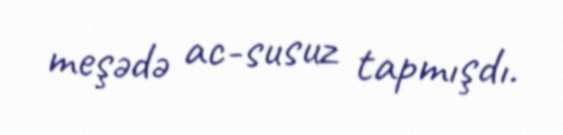
meşədə ac-susuz tapmışdı.